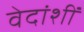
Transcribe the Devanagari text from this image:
वेदांशीं